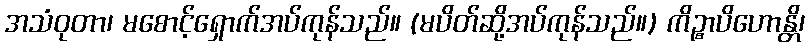
အသံဝုတာ၊ မစောင့်ရှောက်အပ်ကုန်သည်။ (မပိတ်ဆို့အပ်ကုန်သည်။) ကိဉ္စာပိဟောန္တိ၊